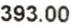
393.00